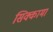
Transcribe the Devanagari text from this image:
सिक्कामा